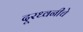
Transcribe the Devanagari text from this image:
दूरध्वनीचे